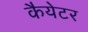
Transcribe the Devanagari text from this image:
कैयेटर